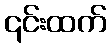
၎င်းထက်